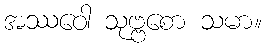
အဿဝေါ သုဗ္ဗစော သမာ။